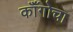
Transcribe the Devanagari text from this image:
कॉँगोचा